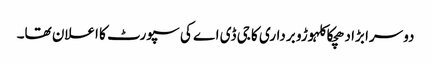
دوسرا بڑا دھچکا کلہوڑو برداری کا جی ڈی اے کی سپورٹ کا اعلان تھا۔